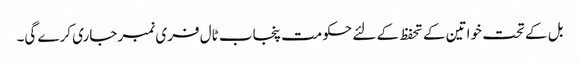
بل کے تحت خواتین کے تحفظ کے لئے حکومت پنجاب ٹال فری نمبر جاری کرے گی۔